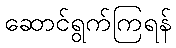
ဆောင်ရွက်ကြရန်